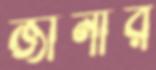
জানার